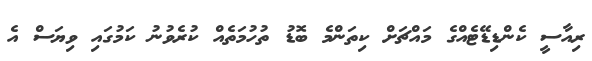
ރިއާސީ ކެންޑިޑޭޓެއްގެ މައްޗަށް ކިތަންމެ ބޮޑު ތުހުމަތެއް ކުރެވުނު ކަމުގައި ވިޔަސް އެ